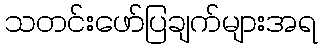
သတင်းဖော်ပြချက်များအရ